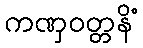
ကဏှဝတ္တနိံ